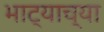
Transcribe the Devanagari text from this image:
भाट्याच्या